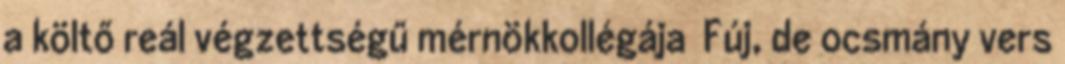
a költő reál végzettségű mérnökkollégája Fúj, de ocsmány vers